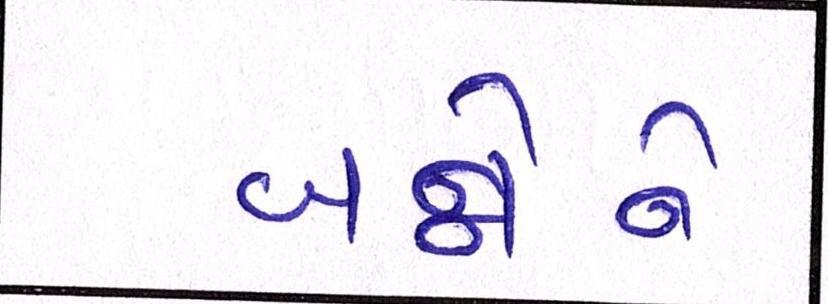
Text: બન્નેને